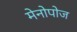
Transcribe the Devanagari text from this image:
मेनोपोज